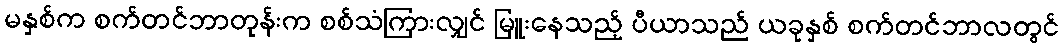
မနှစ်က စက်တင်ဘာတုန်းက စစ်သံကြားလျှင် မြူးနေသည့် ပီယာသည် ယခုနှစ် စက်တင်ဘာလတွင်